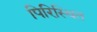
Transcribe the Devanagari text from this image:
पिरिस्थित